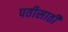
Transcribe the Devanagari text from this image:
पतीसाठी